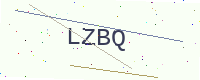
Text: LZBQ